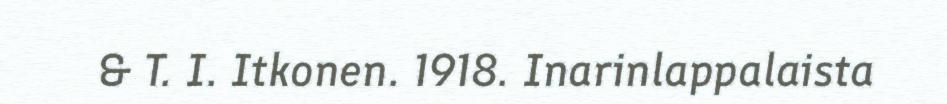
& T. I. Itkonen. 1918. Inarinlappalaista